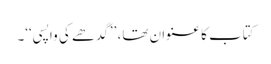
کتاب کا عنوان تھا، ’’گدھے کی واپسی‘‘۔